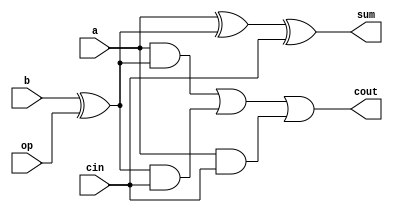
`timescale 1ns / 1ps
//////////////////////////////////////////////////////////////////////////////////
// Company: 
// Engineer: 
// 
// Design Name: 
// Module Name:    one_bit_adder 
// Project Name: 
// Target Devices: 
// Tool versions: 
// Description: 
//
// Dependencies: 
//
// Revision: 
// Revision 0.01 - File Created
// Additional Comments: 
//
//////////////////////////////////////////////////////////////////////////////////
module one_bit_adder(a, b, cin, op, sum, cout);
input a, b, cin, op;
output sum, cout;
wire sum, cout;
assign sum = a^(b^op)^cin;
assign cout = ((a&(b^op))|((b^op)&cin)|(a&cin));
endmodule